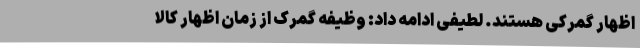
اظهار گمرکی هستند. لطیفی ادامه داد: وظیفه گمرک از زمان اظهار کالا